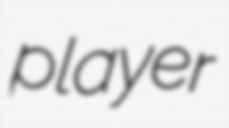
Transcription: player